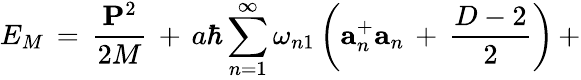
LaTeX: E_{M}\, =\, \frac{{\mathbf P}^{2}}{2M}\, +\, a\hbar\sum_{n=1}^{\infty}\omega_{n1}\left({\mathbf a}_{n}^{+}{\mathbf a}_{n}\, +\, \frac{D-2}{2}\right)\, +